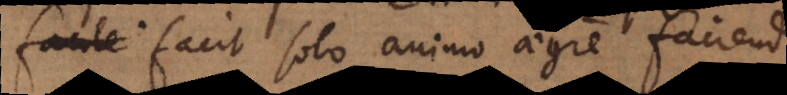
facit solo animo aegre faciendi.